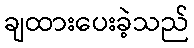
ချထားပေးခဲ့သည်